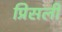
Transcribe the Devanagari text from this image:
प्रिसली